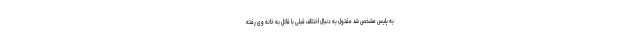
به پلیس مشخص شد مقتول به دنبال اختلاف قبلی با قاتل به خانه وی رفته